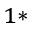
^ { 1 * }